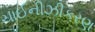
ચાઈનીઝીકરણ